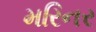
મરિનર